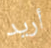
أريد